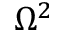
\Omega ^ { 2 }